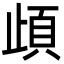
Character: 頉